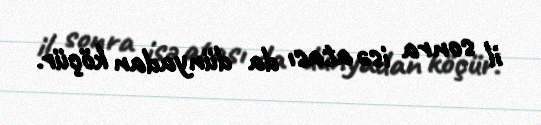
il sonra isə atası da dünyadan köçür.